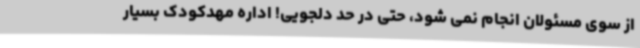
از سوی مسئولان انجام نمی شود، حتی در حد دلجویی! اداره مهدکودک بسیار